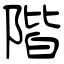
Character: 階